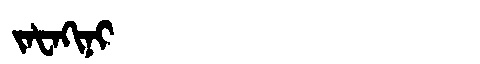
Manchu: ᠵᠠᡶᠠᡴᡳᠨᡳ
Romanization: JAFAKINI